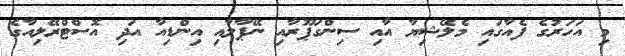
މި އަހަރުގެ ފެއާގައި މެލޭޝިޔާ އާއި ސިންގަޕޫރާއި ނޭޕާލާއި އިންޑިއާ އަދި އޮސްޓްރޭލިއާގެ